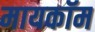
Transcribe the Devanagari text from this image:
मायकॉम